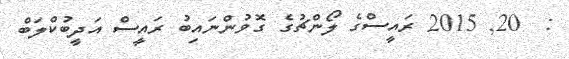
:  20